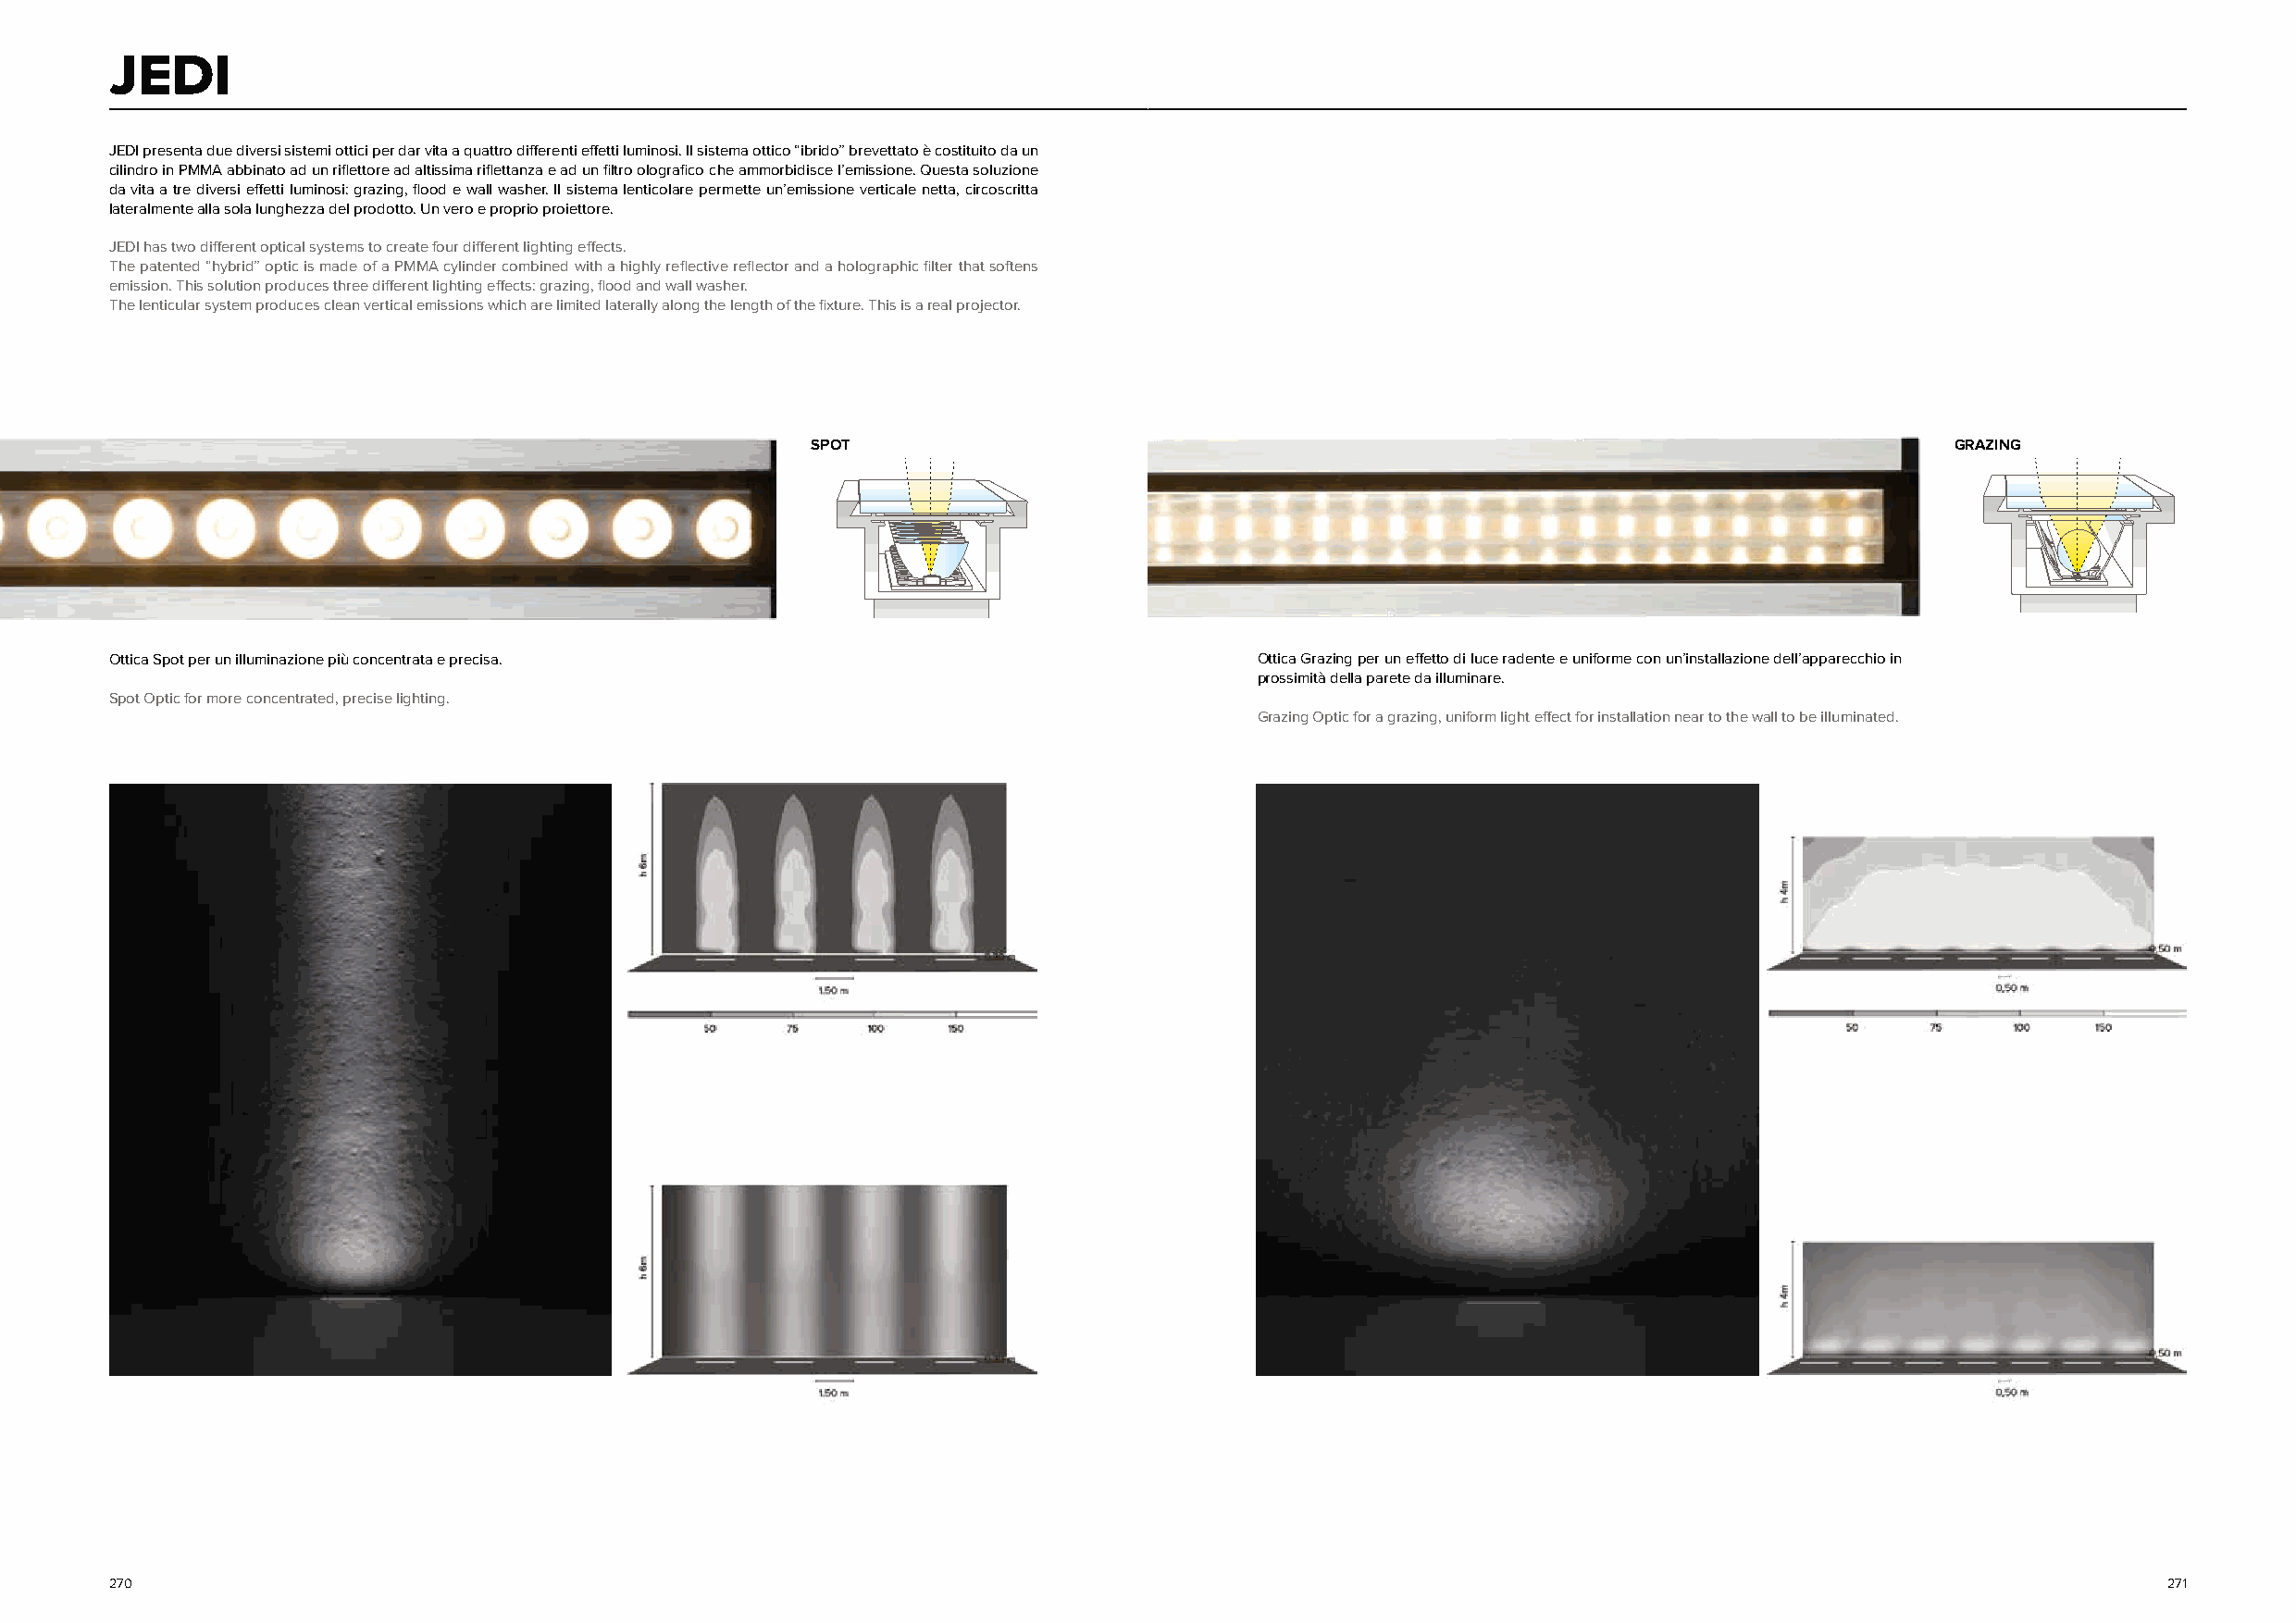
JEDI
 JEDI presenta due diversi sistemi ottici per dar vita a quattro differenti effetti luminosi. Il sistema ottico “ibrido” brevettato è costituito da un
 cilindro in PMMA abbinato ad un riflettore ad altissima riflettanza e ad un filtro olografico che ammorbidisce l’emissione. Questa soluzione
 da vita a tre diversi effetti luminosi: grazing, flood e wall washer. Il sistema lenticolare permette un’emissione verticale netta, circoscritta
 lateralmente alla sola lunghezza del prodotto. Un vero e proprio proiettore.
 JEDI has two different optical systems to create four different lighting effects.
 The patented “hybrid” optic is made of a PMMA cylinder combined with a highly reflective reflector and a holographic filter that softens
 emission. This solution produces three different lighting effects: grazing, flood and wall washer.
 The lenticular system produces clean vertical emissions which are limited laterally along the length of the fixture. This is a real projector.
 SPOT                                                                              GRAZING
 Ottica Spot per un illuminazione più concentrata e precisa.                       Ottica Grazing per un effetto di luce radente e uniforme con un’installazione dell’apparecchio in
 prossimità della parete da illuminare.
 Spot Optic for more concentrated, precise lighting.
 Grazing Optic for a grazing, uniform light effect for installation near to the wall to be illuminated.
 270                                                                                                                                                271